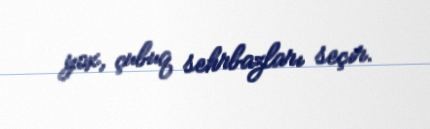
yox, çubuq sehrbazları seçir.